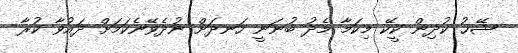
ޝޭޚު ކުދިން ކީކޭ މިކަމާ މެދު ބުނަނީ ހަނދަށް ނުދެވޭނެކަމަށް ދައުވާ ކުރާ